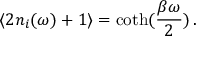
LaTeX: \langle 2 n _ { i } ( \omega ) + 1 \rangle = \coth ( \frac { \beta \omega } { 2 } ) \, .